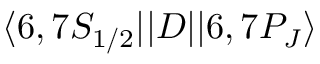
\ensuremath { \langle 6 , 7 S _ { 1 / 2 } | | } D \ensuremath { | | 6 , 7 P _ { J } \rangle }